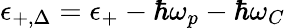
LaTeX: \epsilon_{+,\Delta}=\epsilon_{+}-\hbar\omega_{p}-\hbar\omega_{C}